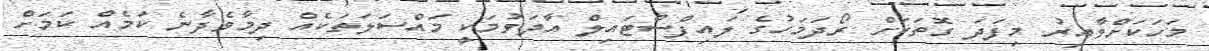
މަހަކަށްވާއިރު މިފަދަ ގޮތަކަށް ރޯދަމަހުގެ ލައިފްސްޓައިލް އާދަވުމަކީ މައްސަލަތަކެއް ދިމާވެދާނެ ކަމެއް ކަމަށް